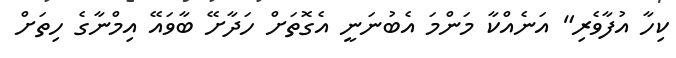
ކިހާ އުފާވެރި" އަނެއްކާ މަންމަ އެބުނަނީ އެގޮތަށް ހަދާށޭ ބާވައޭ އިމްނާގެ ހިތަށް